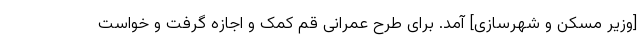
[وزیر مسکن و شهرسازی] آمد. برای طرح عمرانی قم کمک و اجازه گرفت و خواست